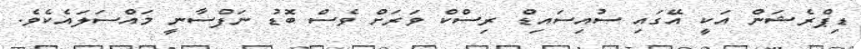
ޑިޕްރެޝަން އަކީ އޭގައި ސުއިސައިޑް ރިސްކް ވަރަށް ވެސް ބޮޑު ނަފްސާނީ މައްސަލައެކެވެ.